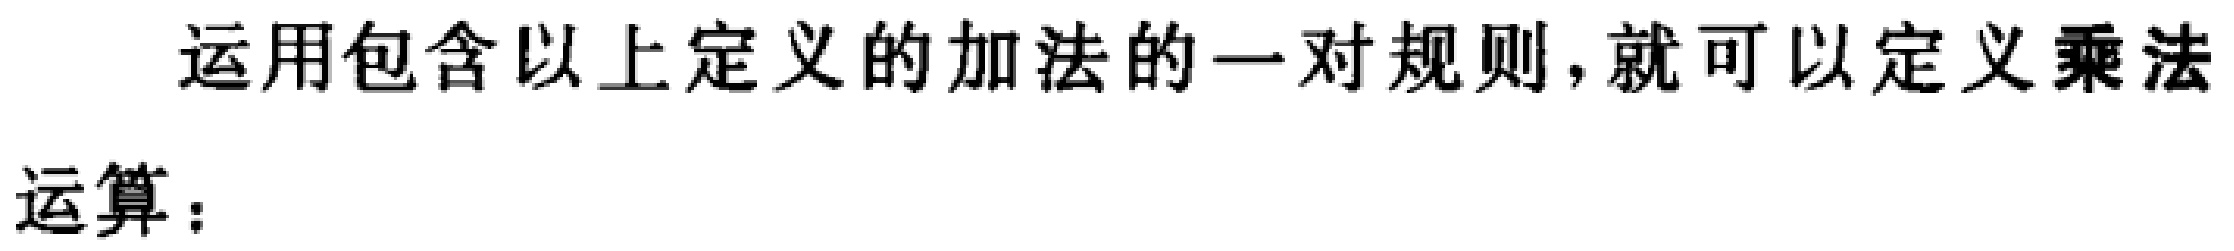
运用包含以上定义的加法的一对规则,就可以定义乘法
运算：